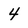
Character: 4